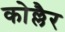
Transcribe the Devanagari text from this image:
कोल्लैर